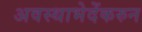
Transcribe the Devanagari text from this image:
अवस्थाभेदेंकरुन